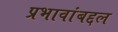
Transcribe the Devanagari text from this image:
प्रभावांबद्दल